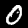
Digit: 0